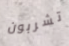
تشربون